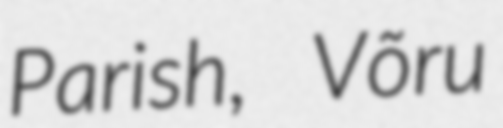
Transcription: Parish, Võru